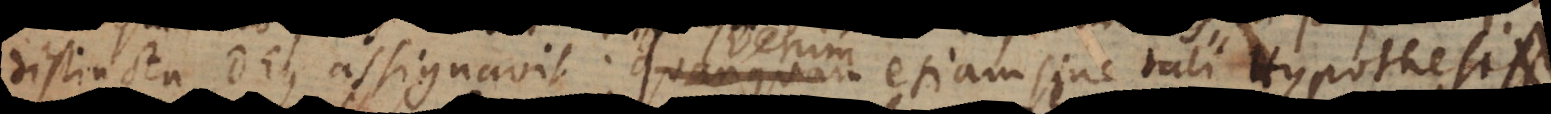
distincta Deus assignavit. Verum etiam sine tali Hypothesi